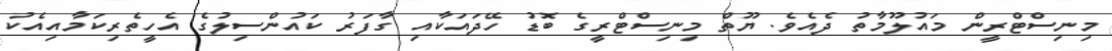
މިނިސްޓްރީން މައުލޫމާތު ދެއެވެ. ޔޫތް މިނިސްޓްރީގެ ބޮޑު ހޭދައަކާއި ގާފަރު ކައުންސިލުގެ އެހީތެރިކަމާއިއެކު